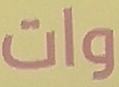
وات